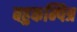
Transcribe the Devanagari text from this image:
बहुकम्पित्र